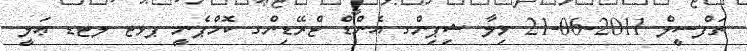
ތަފްސީލް 2011-06-21 ވިލާ ޝިޕިންގ އެންޑް ޓްރޭޑިންގ ކޮމްޕެނީ ޕވޓ ލޓޑ ޢަލީ